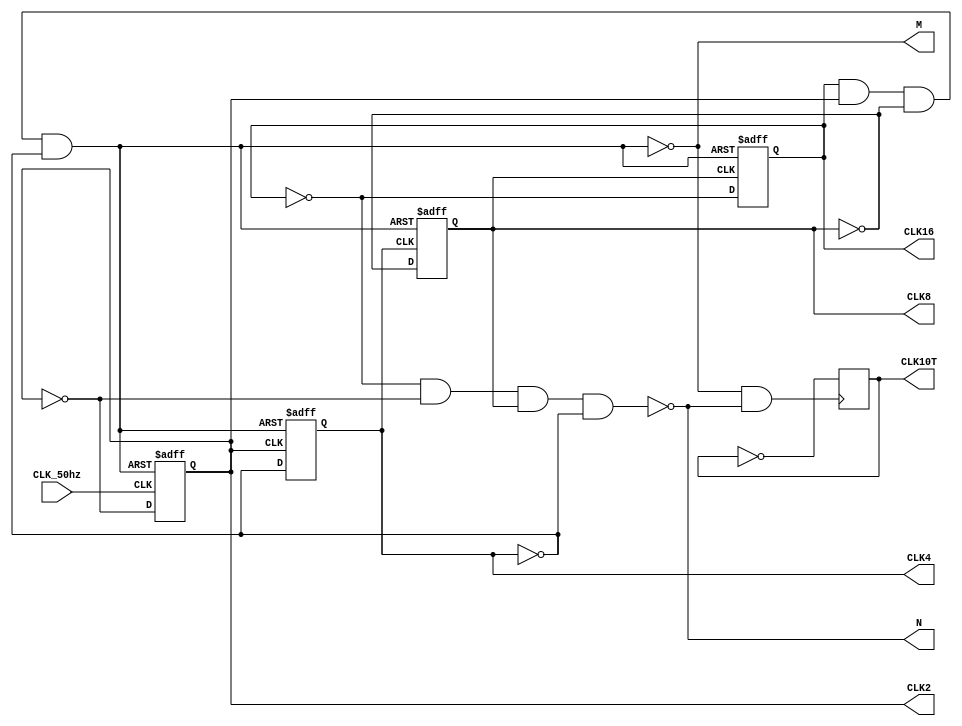
// Copyright (C) 2021  Intel Corporation. All rights reserved.
// Your use of Intel Corporation's design tools, logic functions 
// and other software and tools, and any partner logic 
// functions, and any output files from any of the foregoing 
// (including device programming or simulation files), and any 
// associated documentation or information are expressly subject 
// to the terms and conditions of the Intel Program License 
// Subscription Agreement, the Intel Quartus Prime License Agreement,
// the Intel FPGA IP License Agreement, or other applicable license
// agreement, including, without limitation, that your use is for
// the sole purpose of programming logic devices manufactured by
// Intel and sold by Intel or its authorized distributors.  Please
// refer to the applicable agreement for further details, at
// https://fpgasoftware.intel.com/eula.

// PROGRAM		"Quartus Prime"
// VERSION		"Version 21.1.0 Build 842 10/21/2021 SJ Lite Edition"
// CREATED		"Sat Sep 17 21:55:19 2022"

module Block_1_mn(
	CLK_50hz,
	CLK2,
	CLK4,
	CLK8,
	CLK10T,
	N,
	M,
	CLK16
);


input wire	CLK_50hz;
output wire	CLK2;
output wire	CLK4;
output wire	CLK8;
output reg	CLK10T;
output wire	N;
output wire	M;
output wire	CLK16;

wire	SYNTHESIZED_WIRE_0;
wire	SYNTHESIZED_WIRE_1;
wire	SYNTHESIZED_WIRE_20;
wire	SYNTHESIZED_WIRE_3;
reg	SYNTHESIZED_WIRE_21;
reg	SYNTHESIZED_WIRE_22;
wire	SYNTHESIZED_WIRE_23;
wire	SYNTHESIZED_WIRE_24;
reg	TFF_T1;
reg	SYNTHESIZED_WIRE_25;
wire	SYNTHESIZED_WIRE_6;
wire	SYNTHESIZED_WIRE_26;
wire	SYNTHESIZED_WIRE_27;

assign	CLK2 = SYNTHESIZED_WIRE_22;
assign	CLK4 = TFF_T1;
assign	CLK8 = SYNTHESIZED_WIRE_25;
assign	N = SYNTHESIZED_WIRE_3;
assign	M = SYNTHESIZED_WIRE_20;
assign	CLK16 = SYNTHESIZED_WIRE_21;
assign	SYNTHESIZED_WIRE_0 = 1;
assign	SYNTHESIZED_WIRE_27 = 1;




always@(posedge SYNTHESIZED_WIRE_1)
begin
	CLK10T <= CLK10T ^ SYNTHESIZED_WIRE_0;
end



assign	SYNTHESIZED_WIRE_1 = ~(SYNTHESIZED_WIRE_20 & SYNTHESIZED_WIRE_3);

assign	SYNTHESIZED_WIRE_20 = ~(SYNTHESIZED_WIRE_21 & SYNTHESIZED_WIRE_22 & SYNTHESIZED_WIRE_23 & SYNTHESIZED_WIRE_24);

assign	SYNTHESIZED_WIRE_26 =  ~SYNTHESIZED_WIRE_22;

assign	SYNTHESIZED_WIRE_24 =  ~TFF_T1;

assign	SYNTHESIZED_WIRE_23 =  ~SYNTHESIZED_WIRE_25;

assign	SYNTHESIZED_WIRE_6 =  ~SYNTHESIZED_WIRE_21;

assign	SYNTHESIZED_WIRE_3 = ~(SYNTHESIZED_WIRE_6 & SYNTHESIZED_WIRE_26 & SYNTHESIZED_WIRE_25 & SYNTHESIZED_WIRE_24);


always@(posedge CLK_50hz or negedge SYNTHESIZED_WIRE_20)
begin
if (!SYNTHESIZED_WIRE_20)
	begin
	SYNTHESIZED_WIRE_22 <= 0;
	end
else
	SYNTHESIZED_WIRE_22 <= SYNTHESIZED_WIRE_22 ^ SYNTHESIZED_WIRE_27;
end


always@(posedge SYNTHESIZED_WIRE_26 or negedge SYNTHESIZED_WIRE_20)
begin
if (!SYNTHESIZED_WIRE_20)
	begin
	TFF_T1 <= 0;
	end
else
	TFF_T1 <= TFF_T1 ^ SYNTHESIZED_WIRE_27;
end


always@(posedge SYNTHESIZED_WIRE_24 or negedge SYNTHESIZED_WIRE_20)
begin
if (!SYNTHESIZED_WIRE_20)
	begin
	SYNTHESIZED_WIRE_25 <= 0;
	end
else
	SYNTHESIZED_WIRE_25 <= SYNTHESIZED_WIRE_25 ^ SYNTHESIZED_WIRE_27;
end


always@(posedge SYNTHESIZED_WIRE_23 or negedge SYNTHESIZED_WIRE_20)
begin
if (!SYNTHESIZED_WIRE_20)
	begin
	SYNTHESIZED_WIRE_21 <= 0;
	end
else
	SYNTHESIZED_WIRE_21 <= SYNTHESIZED_WIRE_21 ^ SYNTHESIZED_WIRE_27;
end


endmodule